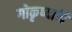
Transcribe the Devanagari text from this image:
गोकृष्यादि